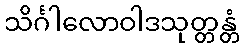
သိင်္ဂါလောဝါဒသုတ္တန္တံ